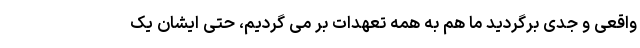
واقعی و جدی برگردید ما هم به همه تعهدات بر می گردیم، حتی ایشان یک